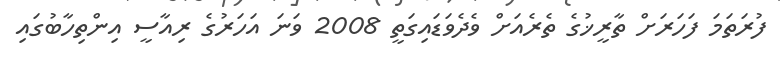
ފުރަތަމަ ފަހަރަށް ތާރީޚުގެ ތެރެއަށް ވެދެވަޑައިގަތީ 2008 ވަނަ އަހަރުގެ ރިއާސީ އިންތިހާބުގައި